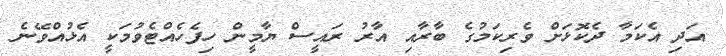
އަދި އެކަމާ ދެކޮޅަށް ވެރިކަމުގެ ބާރާއި އާރު ރައީސް ޔާމީން ހިފެހެއްޓެވުމަކީ އެޅުއްވޭނެ